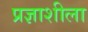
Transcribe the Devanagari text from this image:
प्रज्ञाशीला